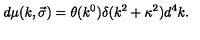
d \mu ( k , \vec { \sigma } ) = \theta ( k ^ { 0 } ) \delta ( k ^ { 2 } + \kappa ^ { 2 } ) d ^ { 4 } k .